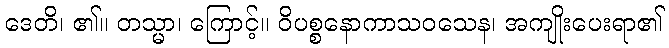
ဒေတိ၊ ၏။ တသ္မာ၊ ကြောင့်။ ဝိပစ္စနောကာသဝသေန၊ အကျိုးပေးရာ၏